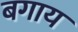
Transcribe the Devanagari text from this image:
बगाय